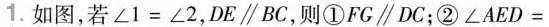
1.如图，若 $$∠ 1 = ∠ 2$$，DE \parallel BC，则①FG\parallel DC；② $$∠ A E D